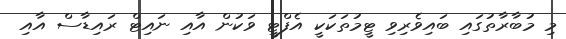
މި މުބާރާތުގައި ބައިވެރިވި ޓީމުތަކަކީ އެފްޓީ ވަކުން އާއި ނައިޓް ރައިޑާސް އާއި